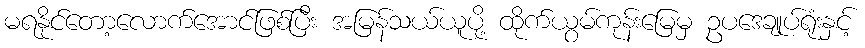
မရနိုင်တော့လောက်အောင်ဖြစ်ပြီး အမြန်သယ်ယူပို့ ထိုက်ယွမ်ကုန်းမြေမှ ဥပဒေချုပ်ရုံးနှင့်